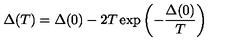
\Delta ( T ) = \Delta ( 0 ) - 2 T \exp \left( - \frac { \Delta ( 0 ) } { T } \right)